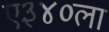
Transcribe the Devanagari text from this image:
ए३४०ला